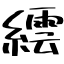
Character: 繧